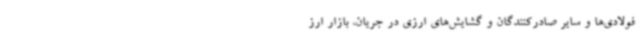
فولادی‌ها و سایر صادرکنندگان و گشایش‌های ارزی در جریان، بازار ارز